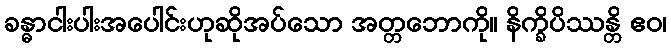
ခန္ဓာငါးပါးအပေါင်းဟုဆိုအပ်သော အတ္တဘောကို။ နိက္ခိပိဿန္တိ ဧဝ၊